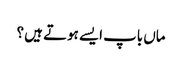
ماں باپ ایسے ہوتے ہیں ؟